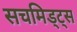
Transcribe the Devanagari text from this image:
सचमिड्ट्स